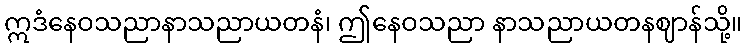
ဣဒံနေဝသညာနာသညာယတနံ၊ ဤနေဝသညာ နာသညာယတနဈာန်သို့။